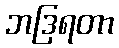
ဘဒြရတာ